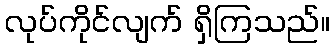
လုပ်ကိုင်လျက် ရှိကြသည်။